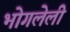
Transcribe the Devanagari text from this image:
भोगलेली